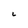
Character: L